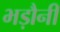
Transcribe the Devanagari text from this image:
भड़ौनी